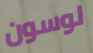
لوسون